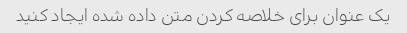
یک عنوان برای خلاصه کردن متن داده شده ایجاد کنید